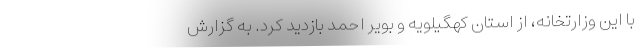
با این وزارتخانه، از استان کهگیلویه و بویر احمد بازدید کرد. به گزارش